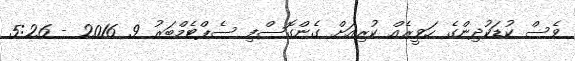
ވެސް ކުޑަކުދިންގެ ހަވީރެއް ކުރިއަށް ގެންގޮސްފި ސެޕްޓެމްބަރު 9